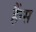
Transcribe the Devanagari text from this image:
हैंन्स